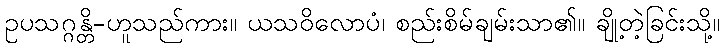
ဥပသဂ္ဂန္တိ-ဟူသည်ကား။ ယသဝိလောပံ၊ စည်းစိမ်ချမ်းသာ၏။ ချို့တဲ့ခြင်းသို့။